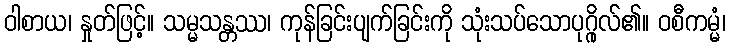
ဝါစာယ၊ နှုတ်ဖြင့်။ သမ္မသန္တဿ၊ ကုန်ခြင်းပျက်ခြင်းကို သုံးသပ်သောပုဂ္ဂိုလ်၏။ ဝစီကမ္မံ၊